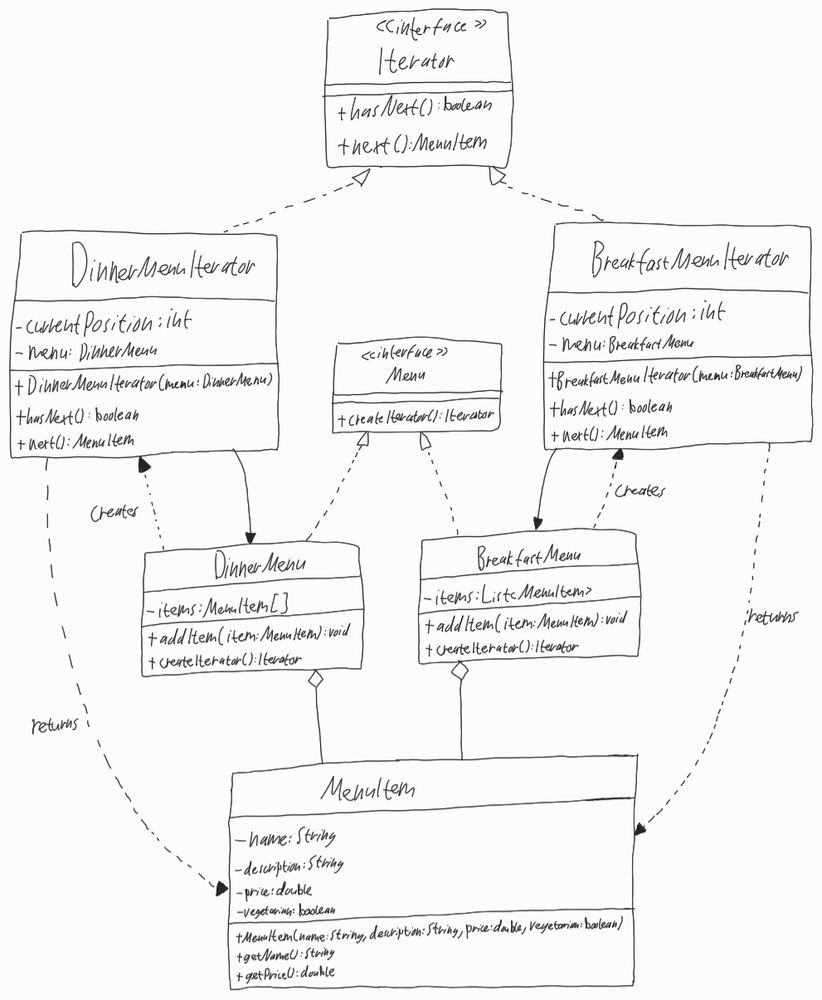
Diagram type: class_diagram
```plantuml
@startuml

interface Iterator {
  + hasNext(): boolean
  + next(): MenuItem
}

class DinnerMenuIterator implements Iterator {
  - currentPosition: int
  - menu: DinnerMenu
  + DinnerMenuIterator(menu: DinnerMenu)
  + hasNext(): boolean
  + next(): MenuItem
}

class BreakfastMenuIterator implements Iterator {
  - currentPosition: int
  - menu: BreakfastMenu
  + BreakfastMenuIterator(menu: BreakfastMenu)
  + hasNext(): boolean
  + next(): MenuItem
}

interface Menu {
  + createIterator(): Iterator
}

class DinnerMenu implements Menu {
  - items: MenuItem[]
  + addItem(item: MenuItem): void
  + createIterator(): Iterator
}

class BreakfastMenu implements Menu {
  - items: List<MenuItem>
  + addItem(item: MenuItem): void
  + createIterator(): Iterator
}

class MenuItem {
  - name: String
  - description: String
  - price: double
  - vegetarian: boolean
  + MenuItem(name: String, description: String, price: double, vegetarian: boolean)
  + getName(): String
  + getPrice(): double
}

DinnerMenuIterator --> DinnerMenu
DinnerMenuIterator <.. DinnerMenu : creates

BreakfastMenuIterator --> BreakfastMenu
BreakfastMenuIterator <.. BreakfastMenu : creates

DinnerMenuIterator ..> MenuItem : returns

BreakfastMenuIterator ..> MenuItem : returns

DinnerMenu o-- MenuItem

BreakfastMenu o-- MenuItem

@enduml
```